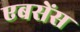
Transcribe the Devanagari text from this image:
एबसेंस